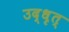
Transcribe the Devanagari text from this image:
उद्धृत्